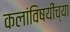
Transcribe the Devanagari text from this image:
कलांविषयींच्या